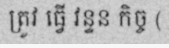
ត្រូវ ធ្វើ វន្ទន កិច្ច (